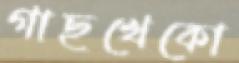
গাছখেকো